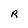
Character: R